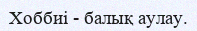
Хоббиі - балық аулау.